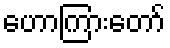
ဟောကြားတော်